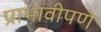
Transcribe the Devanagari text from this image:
प्राभावीपणे